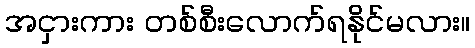
အငှားကား တစ်စီးလောက်ရနိုင်မလား။